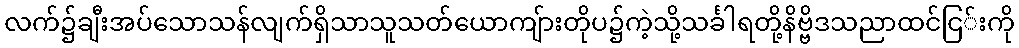
လက်၌ချီးအပ်သောသန်လျက်ရှိသာသူသတ်ယောကျ်ားတိုပ၌ကဲ့သို့သင်္ခါရတို့နိဗ္ဗိဒသညာထင်ငြ်းကို